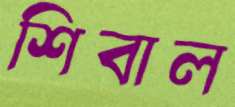
শিবাল